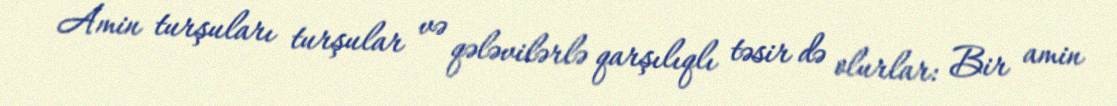
Amin turşuları turşular və qələvilərlə qarşılıqlı təsir də olurlar: Bir amin